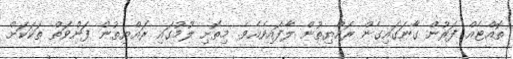
ތޮއްޓެއް ފަރުން ގާނަގައިގެން ރައްޔިތުން ލާފައިވެއެވެ. މިތޮށި ލުމުގައި ރައްޔިތުން ފަންވަތް ތަކަކަށް